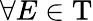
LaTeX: \forall E\in\mathrm{T}